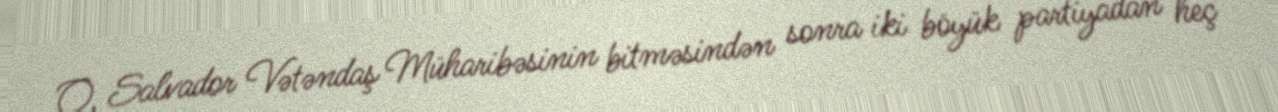
O, Salvador Vətəndaş Müharibəsinin bitməsindən sonra iki böyük partiyadan heç